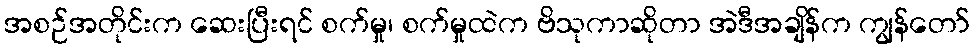
အစဉ်အတိုင်းက ဆေးပြီးရင် စက်မှု၊ စက်မှုထဲက ဗိသုကာဆိုတာ အဲဒီအချိန်က ကျွန်တော်